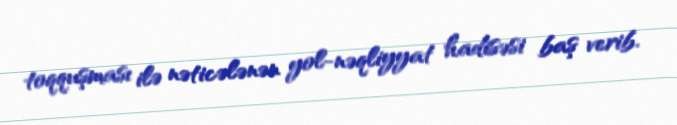
toqquşması ilə nəticələnən yol-nəqliyyat hadisəsi baş verib.